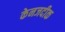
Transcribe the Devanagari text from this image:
केनजदीक